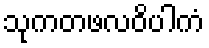
သုကတဖလဝိပါကံ